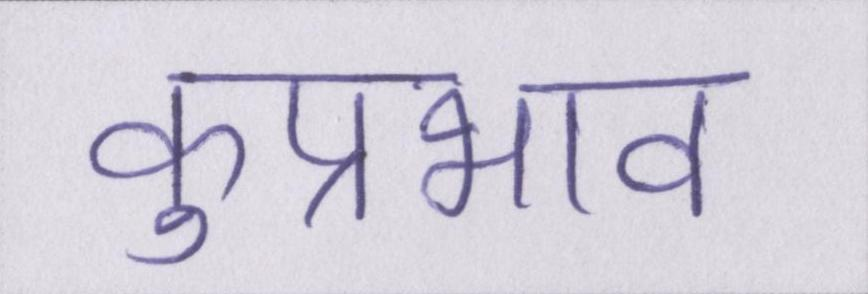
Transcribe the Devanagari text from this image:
कुप्रभाव